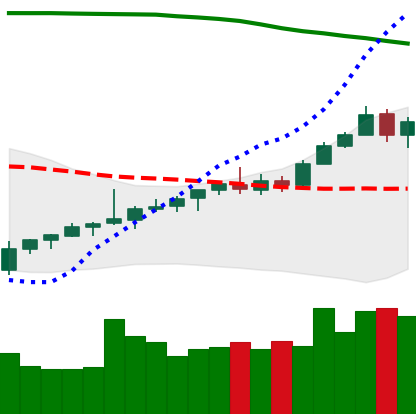
Ticker: TRX-USD
Chart end date: 2021-08-09
Forward return: 25.157%
Label: up_7plus